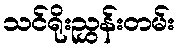
သင်ရိုးညွှန်းတမ်း